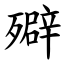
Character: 㱸